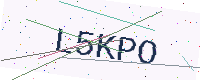
Text: L5KPO